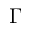
\Gamma